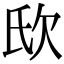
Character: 𣢎